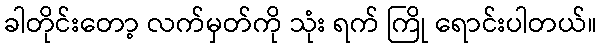
ခါတိုင်းတော့ လက်မှတ်ကို သုံး ရက် ကြို ရောင်းပါတယ်။